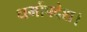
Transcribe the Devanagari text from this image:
धर्मोपदेश।